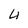
Character: 4